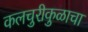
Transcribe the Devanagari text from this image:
कलचुरीकुळाचा